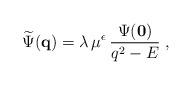
LaTeX: \begin{align*}\widetilde{\Psi}({\bf q}) =\lambda \, \mu^{\epsilon}\,\frac{\Psi ({\bf 0})}{q^{2} - E}\; ,\end{align*}